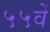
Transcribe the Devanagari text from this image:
५५वें